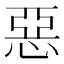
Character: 惡